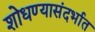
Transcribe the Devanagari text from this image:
शोधण्यासंदर्भात